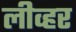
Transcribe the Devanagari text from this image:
लीव्हर